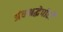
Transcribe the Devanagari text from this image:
अंधश्रद्धेपोटी